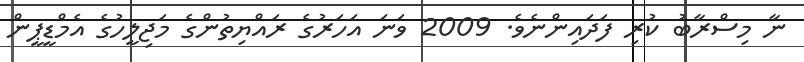
ނާ މިސްރާބު ކުރި ފަދައިންނެވެ. 2009 ވަނަ އަހަރުގެ ރައްޔިތުންގެ މަޖިލީހުގެ އެމްޑީޕީން